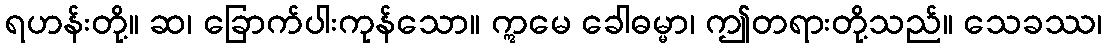
ရဟန်းတို့။ ဆ၊ ခြောက်ပါးကုန်သော။ ဣမေ ခေါဓမ္မာ၊ ဤတရားတို့သည်။ သေခဿ၊